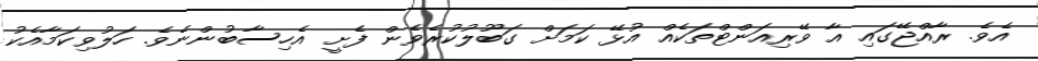
އެވެ. ރާއްޖޭގައި އާ ވޭރިއަންޓްތަކެއް އުޅޭ ކަމަށް ގަބޫލުކުރެވެން ފެށީ އެހިސާބުންނެވެ. ހަލުވިކަމާއެކު